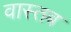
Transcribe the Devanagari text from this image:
वास्तब